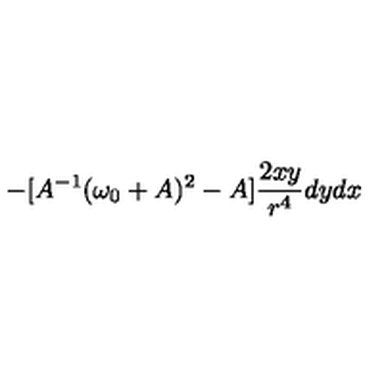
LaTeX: - [ A ^ { - 1 } ( \omega _ { 0 } + A ) ^ { 2 } - A ] \frac { 2 x y } { r ^ { 4 } } d y d x